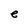
Character: e